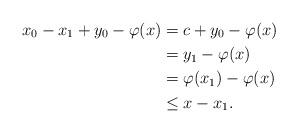
LaTeX: \begin{align*}x_0-x_1+y_0-\varphi(x)&=c+y_0-\varphi(x)\\&=y_1-\varphi(x)\\&= \varphi(x_1)-\varphi(x)\\&\leq x-x_1.\end{align*}